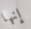
إنها